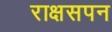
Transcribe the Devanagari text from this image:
राक्षसपन